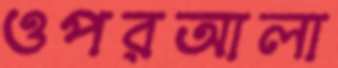
ওপরআলা